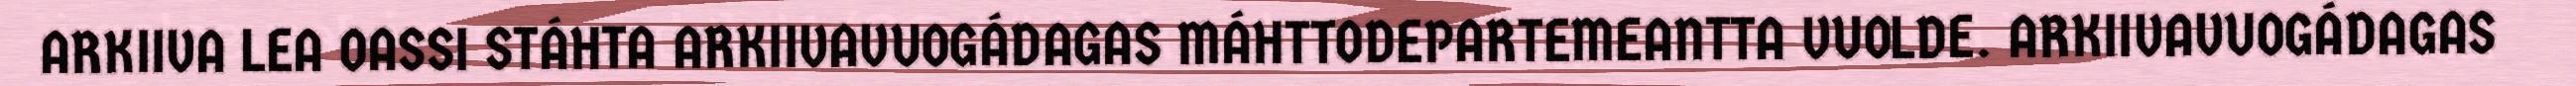
ARKIIVA LEA OASSI STÁHTA ARKIIVAVUOGÁDAGAS MÁHTTODEPARTEMEANTTA VUOLDE. ARKIIVAVUOGÁDAGAS